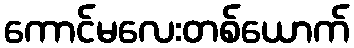
ကောင်မလေးတစ်ယောက်